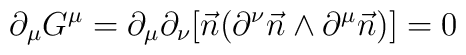
\partial_\mu G^\mu=\partial_\mu \partial_\nu[\vec{n}(\partial^\nu\vec{n}\wedge\partial^\mu\vec{n})] = 0